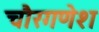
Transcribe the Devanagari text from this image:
चौरगणेश